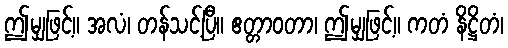
ဤမျှဖြင့်။ အလံ၊ တန်သင့်ပြီ။ ဧတ္တာဝတာ၊ ဤမျှဖြင့်။ ကတံ နိဋ္ဌိတံ၊